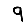
Digit: 9